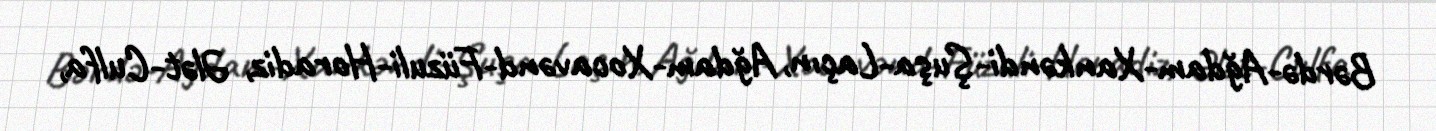
Bərdə-Ağdam-Xankəndi-Şuşa-Laçın, Ağdam-Xocavənd-Füzuli-Horadiz, Ələt-Culfa,